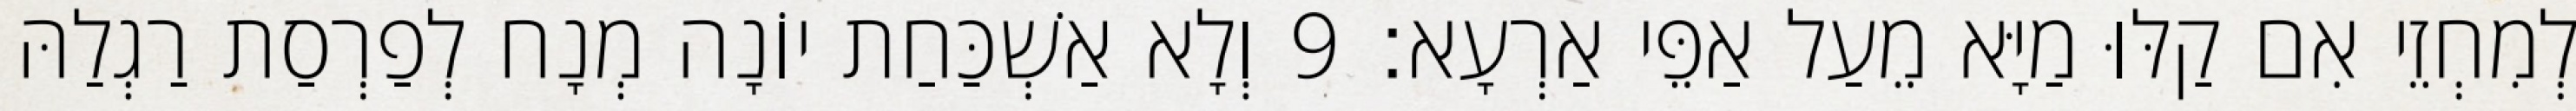
לְמִחְזֵי אִם קַלּוּ מַיָּא מֵעַל אַפֵּי אַרְעָא׃ 9 וְלָא אַשְׁכַּחַת יוֹנָה מְנָח לְפַרְסַת רַגְלַהּ